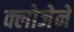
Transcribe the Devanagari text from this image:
क्लोजेने